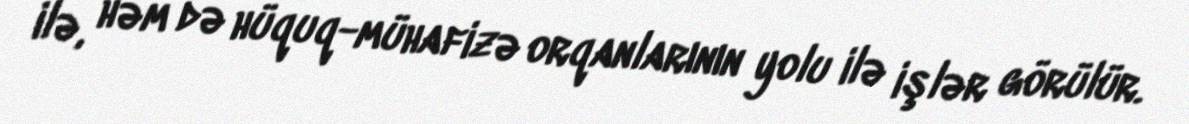
ilə, həm də hüquq-mühafizə orqanlarının yolu ilə işlər görülür.